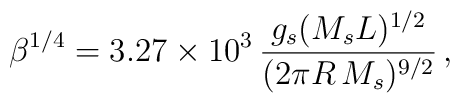
\beta^{1/4} = 3.27\times10^3\,{g_s(M_sL)^{1/2}\over(2\pi R\,M_s)^{9/2}}\,,